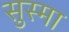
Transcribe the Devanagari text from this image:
सुस्मा